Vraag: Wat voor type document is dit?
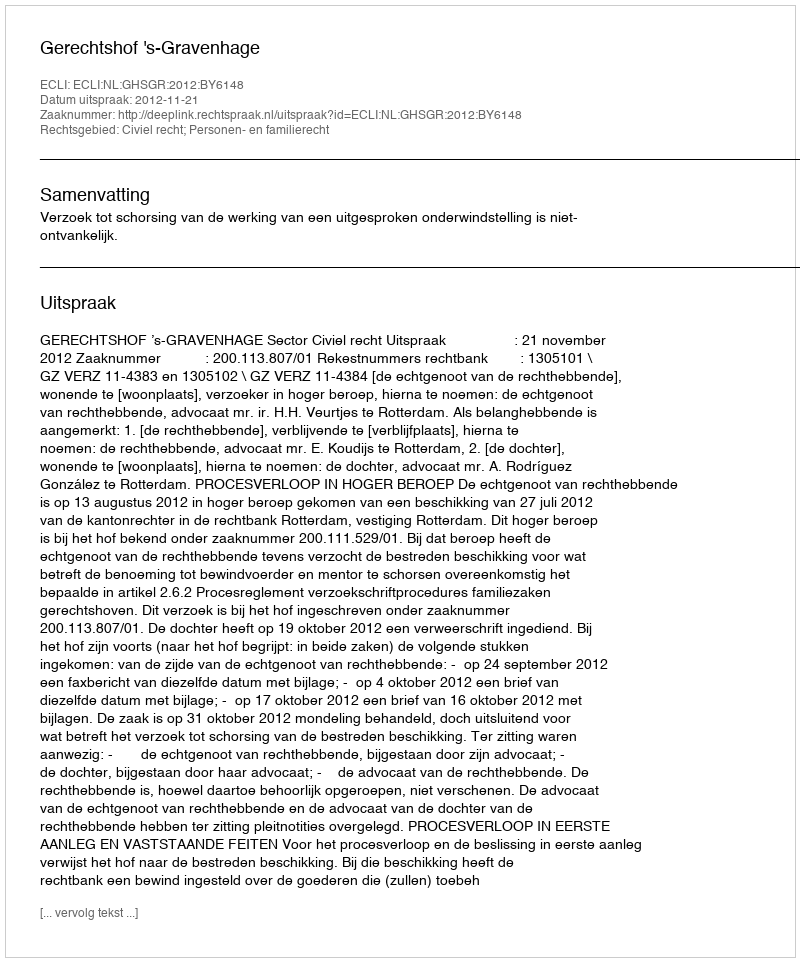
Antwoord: Uitspraak